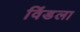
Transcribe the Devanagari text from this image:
विंडला